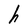
Character: h